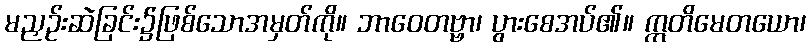
မညှဉ်းဆဲခြင်း၌ဖြစ်သောအမှတ်ကို။ ဘာဝေတဗ္ဗာ၊ ပွားစေအပ်၏။ ဣတိမေတယော၊